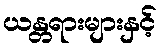
ယန္တရားများနှင့်